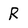
Character: R